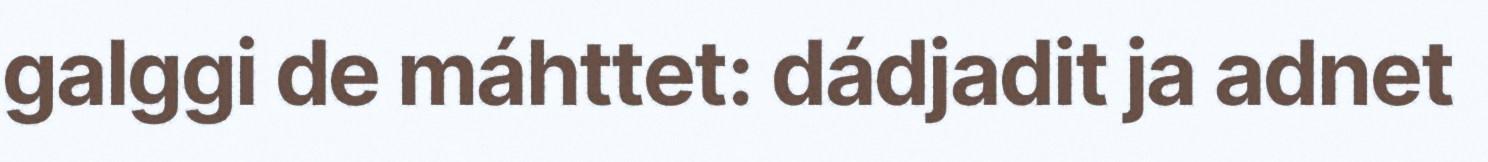
galggi de máhttet: dádjadit ja adnet